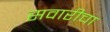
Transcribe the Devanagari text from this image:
सवारीचा